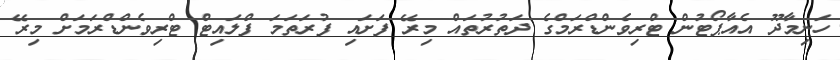
ހަނިމާދޫ އެއާޕޯޓުން ޓްރިވެންޑްރަމްގެ ދަތުރުތައް މިރޭ ފަށައި ފުރަތަމަ ފްލައިޓް ޓްރިވެންޑްރަމަށް މިރޭ